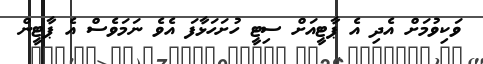
ވަކިވުމަށް އެދި އެ ޕާޓީއަށް ސިޓީ ހުށަހަޅާފަ އެވެ ނަމަވެސް އެ ޕާޓީން